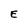
Character: E